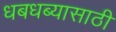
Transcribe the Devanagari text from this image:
धबधब्यासाठी